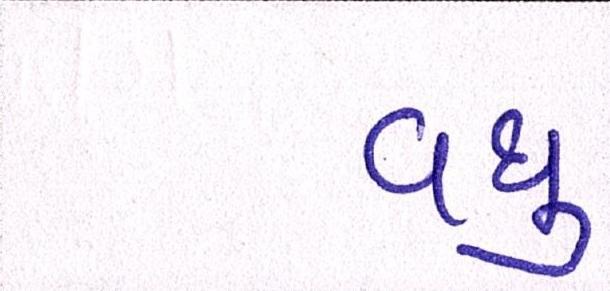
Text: વધુ